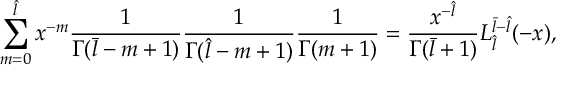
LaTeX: \sum _ { m = 0 } ^ { \hat { l } } x ^ { - m } \frac { 1 } { \Gamma ( \bar { l } - m + 1 ) } \frac { 1 } { \Gamma ( \hat { l } - m + 1 ) } \frac { 1 } { \Gamma ( m + 1 ) } = \frac { x ^ { - \hat { l } } } { \Gamma ( \bar { l } + 1 ) } L _ { \hat { l } } ^ { \bar { l } - \hat { l } } ( - x ) ,